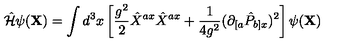
{ \hat { \cal H } } \psi ( { \bf X } ) = \int d ^ { 3 } x \left[ \frac { g ^ { 2 } } { 2 } { \hat { X } } ^ { a x } { \hat { X } } ^ { a x } + \frac { 1 } { 4 g ^ { 2 } } ( \partial _ { [ a } { \hat { P } } _ { b ] x } ) ^ { 2 } \right] \psi ( { \bf X } )